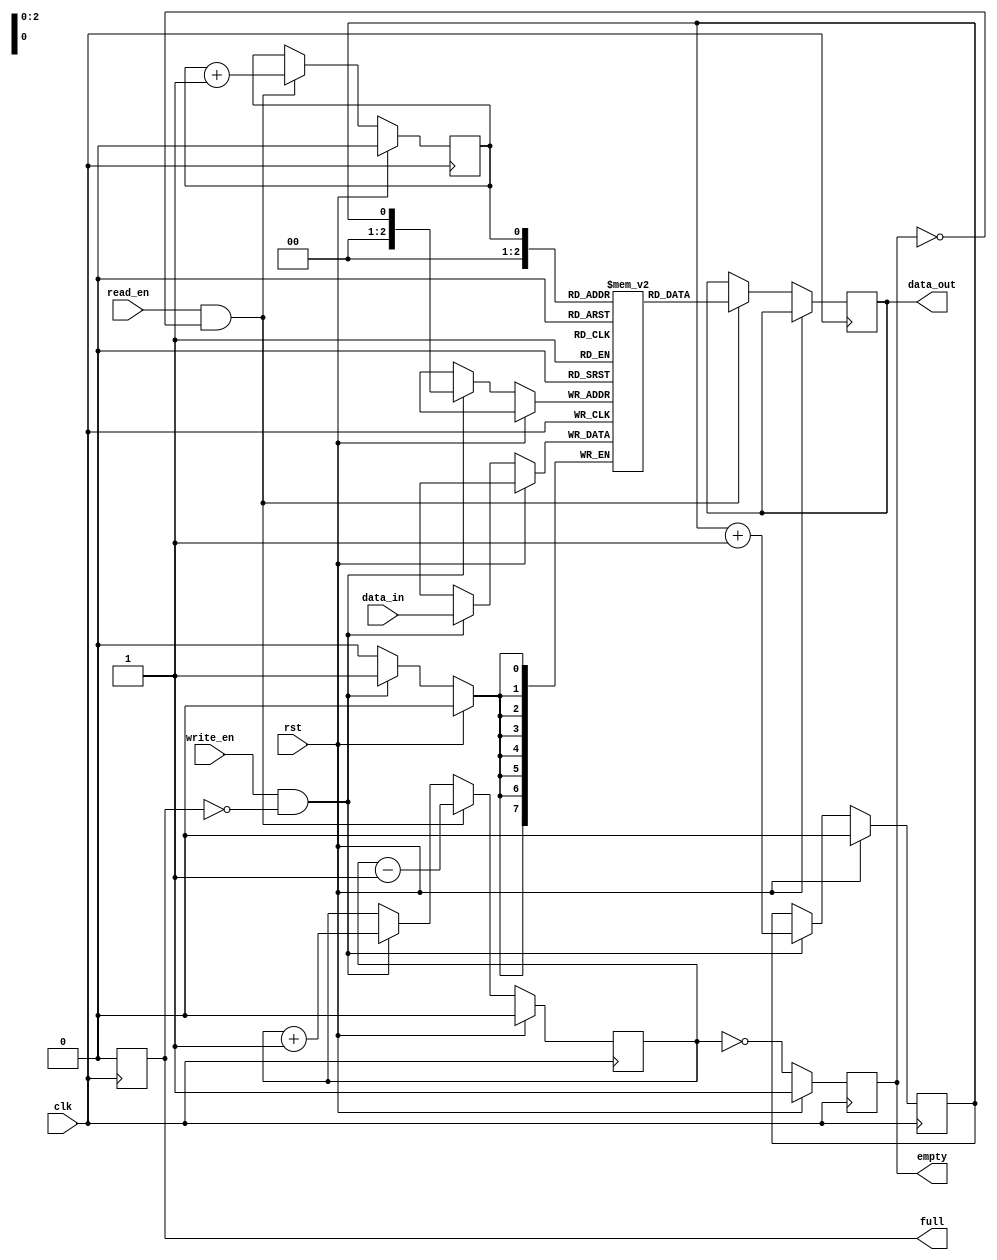
module fifo (
  input wire clk,               // clock signal
  input wire rst,               // reset signal
  input wire write_en,          // write enable signal
  input wire read_en,           // read enable signal
  input wire [7:0] data_in,     // input data
  output reg [7:0] data_out,    // output data
  output reg empty,             // flag indicating FIFO is empty
  output reg full               // flag indicating FIFO is full
);

reg [7:0] memory [0:7];         // internal memory array
reg write_ptr = 0;              // write pointer
reg read_ptr = 0;               // read pointer
reg count = 0;                  // number of elements in FIFO

always @(posedge clk) begin
  if (rst) begin
    write_ptr <= 0;
    read_ptr <= 0;
    count <= 0;
    empty <= 1;
    full <= 0;
  end else begin
    // Write operation
    if (write_en && !full) begin
      memory[write_ptr] <= data_in;
      write_ptr <= write_ptr + 1;
      count <= count + 1;
    end

    // Read operation
    if (read_en && !empty) begin
      data_out <= memory[read_ptr];
      read_ptr <= read_ptr + 1;
      count <= count - 1;
    end

    // Update empty and full flags
    empty <= (count == 0);
    full <= (count == 8);
  end
end

endmodule